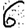
Digit: 6